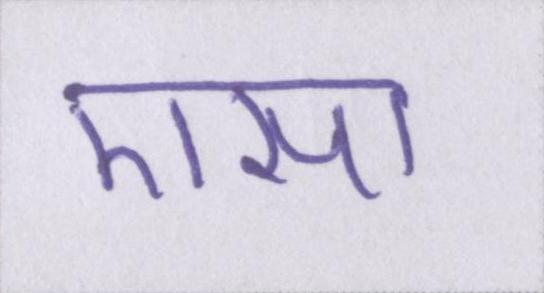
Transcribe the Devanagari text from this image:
एसा